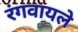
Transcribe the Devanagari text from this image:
रंगवायले